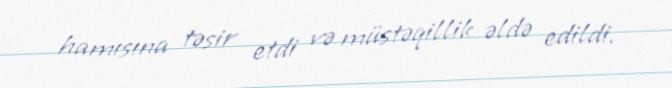
hamısına təsir etdi və müstəqillik əldə edildi.